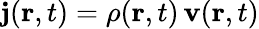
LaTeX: \mathbf{j}(\mathbf{r},t)=\rho(\mathbf{r},t)\, \mathbf{v}(\mathbf{r},t)